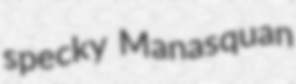
specky Manasquan